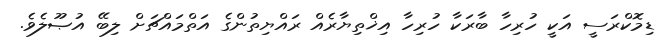
ޑިމޮކްރަސީ އަކީ ހުރިހާ ބާރަކާ ހުރިހާ އިޚްތިޔާރެއް ރައްޔިތުންގެ އަތްމައްޗަށް ލިބޭ އުޞޫލެވެ.